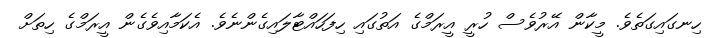
ހިނގައިގަތެވެ. މީކާން އޭރުވެސް ހުރީ އީރަމްގެ އަތުގައި ހިފަހައްޓާލައިގެންނެވެ. އެކަމާއިވެގެން އީރަމްގެ ހިތަށް